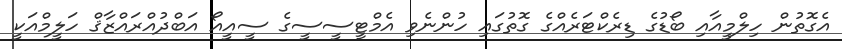
އެގޮތުން ހިލްމީއާއި ބޯޑުގެ ޑިރެކްޓަރެއްގެ ގޮތުގައި ހުންނެވި އެމްޓީސީސީގެ ސީއީއޯ އަބްދުއްރައްޒާޤް ހަލީމްއަކީ